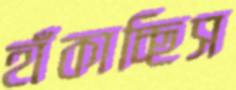
হাঁকাচ্ছিস